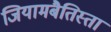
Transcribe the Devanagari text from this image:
जियामबैतिस्ता